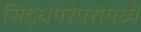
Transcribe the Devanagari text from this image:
सिद्धपरंपरांमध्ये